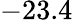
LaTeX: -23.4